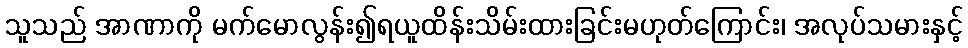
သူသည် အာဏာကို မက်မောလွန်း၍ရယူထိန်းသိမ်းထားခြင်းမဟုတ်ကြောင်း၊ အလုပ်သမားနှင့်